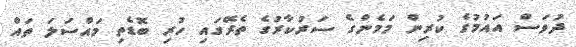
ދުވަސް އައުމުގެ ކުރިން މަމެންގެ ސަރުކާރުގެ ތެރޭގައި ހުރި ބޮޑެތި މައްސަލަ ތައް